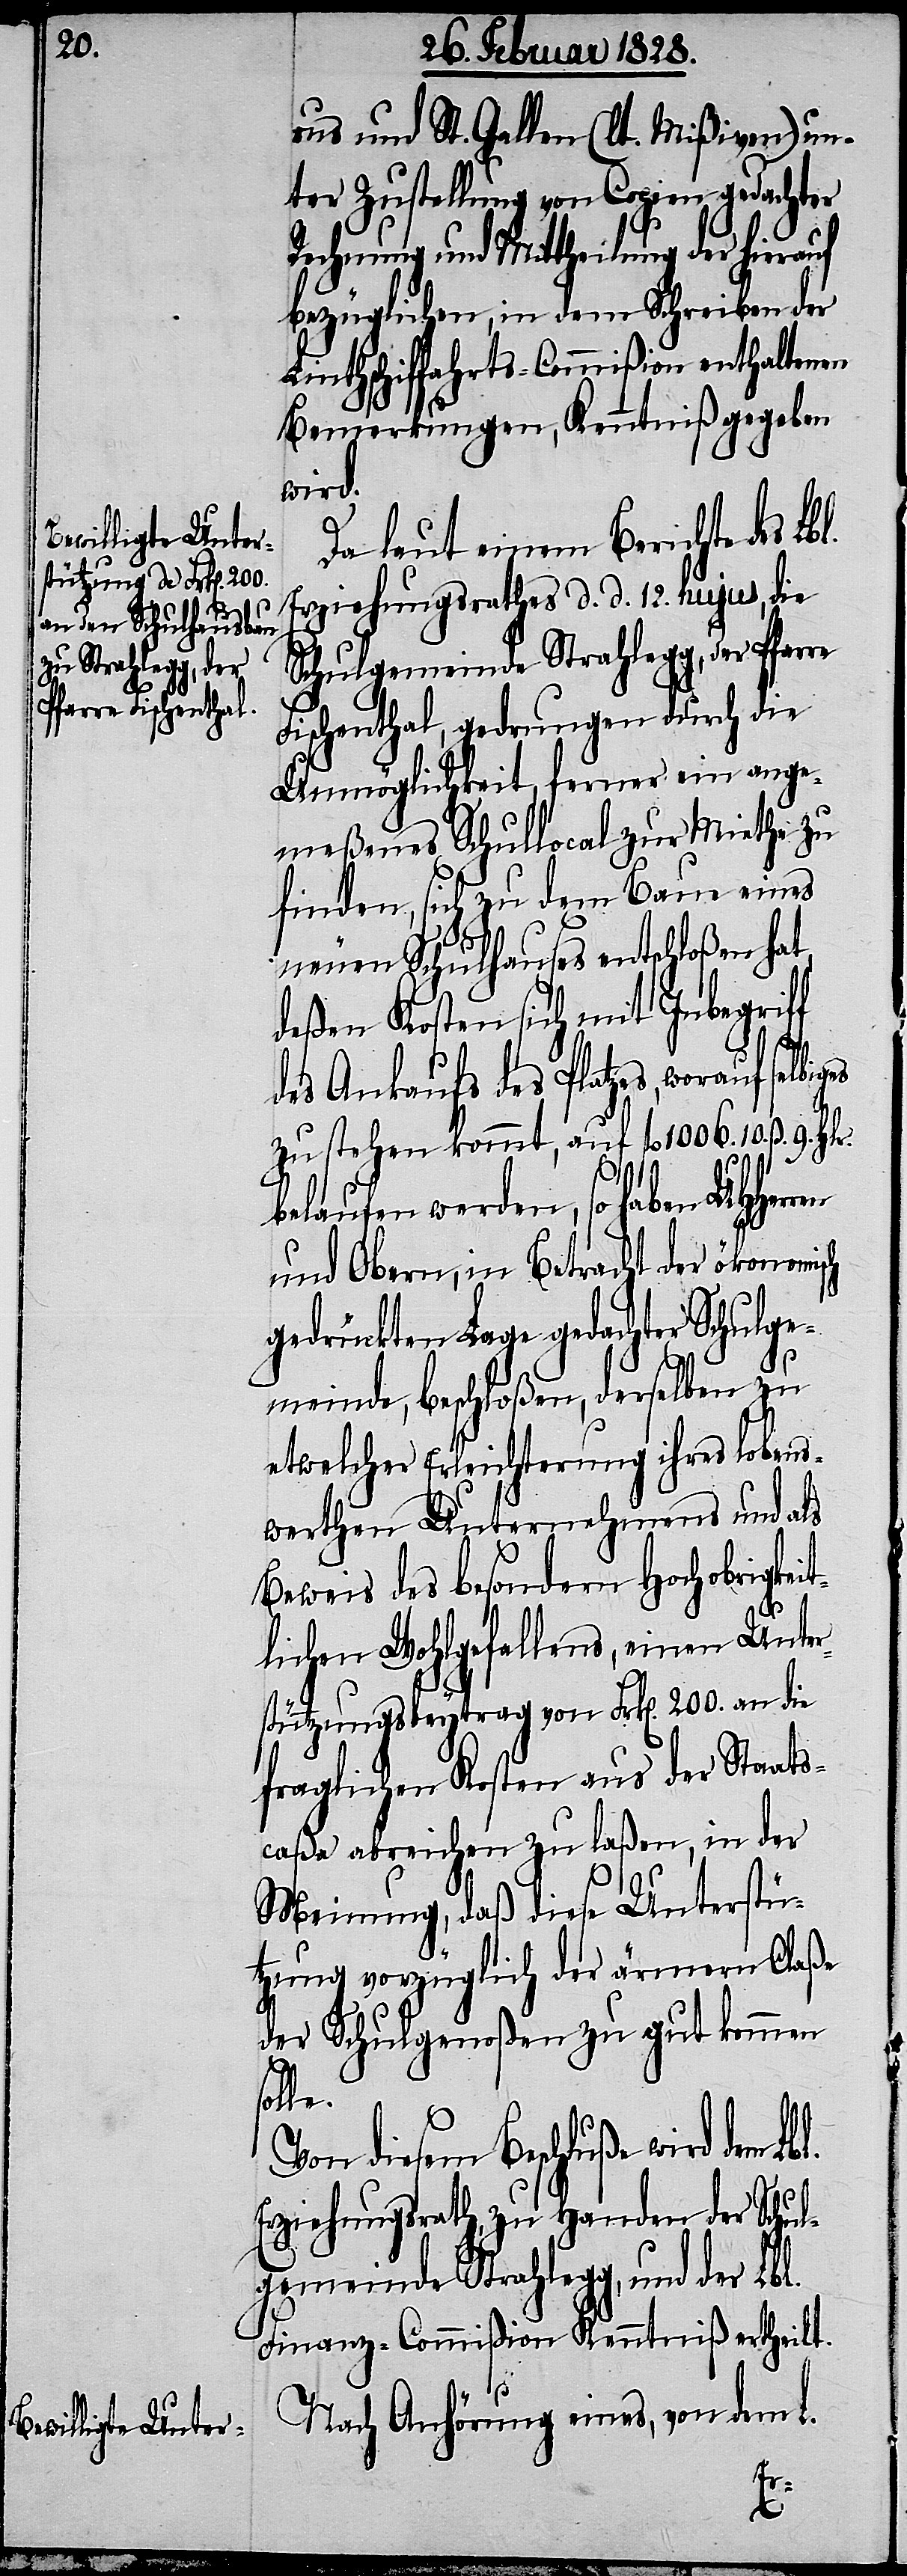
rus und St. Gallen (lt. Mißiven) un¬
ter Zustellung von Copien gedachter
Rechnung und Mittheilung der hierauf
bezüglichen, in dem Schreiben der
Linthschiffahrts-Commißion enthaltenen
Bemerkungen, Kenntniß gegeben
wird.
Da laut einem Berichte des Lbl.
Erziehungsrathes d. d. 12. hujus, die
Schulgemeinde Strahlegg, der Pfarre
Fischenthal, gedrungen durch die
Unmöglichkeit, ferner ein ange¬
meßenes Schullocal zur Miethe zu
finden, sich zu dem Bau eines
neuen Schulhauses entschloßen hat,
deßen Kosten sich mit Inbegriff
des Ankaufs des Platzes, worauf
zu stehen kommt, auf fl. 1006. 10. ß 9. Hlr.
belaufen werden, so haben UHHerren
und Obern, in Betracht der ökonomisch
gedrückten Lage gedachter Schulge¬
meinde, beschloßen, derselben zu
etwelcher Erleichterung ihres lobens¬
werthen Unternehmens und als
Beweis des besondern Hochobrigkei¬
tlichen Wohlgefallens, einen Unte¬
rstützungsbeytrag von Frk[en]. 200. an die
fraglichen Kosten aus der Staats¬
caßa abreichen zu laßen, in der
Meinung, daß diese Unterstü¬
tzung vorzüglich der ärmern Claße
der Schulgenoßen zu gut kommen
solle.
n diesem Beschluße wird dem
Erziehungsrath, zu Handen der Schu¬
lgemeinde Strahlegg, und der Lbl.
Finanz-Commißion Kenntniß ertheilt.
Nach Anhörung eines, von dem L.
Vo¬